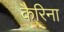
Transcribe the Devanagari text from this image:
कैरिना